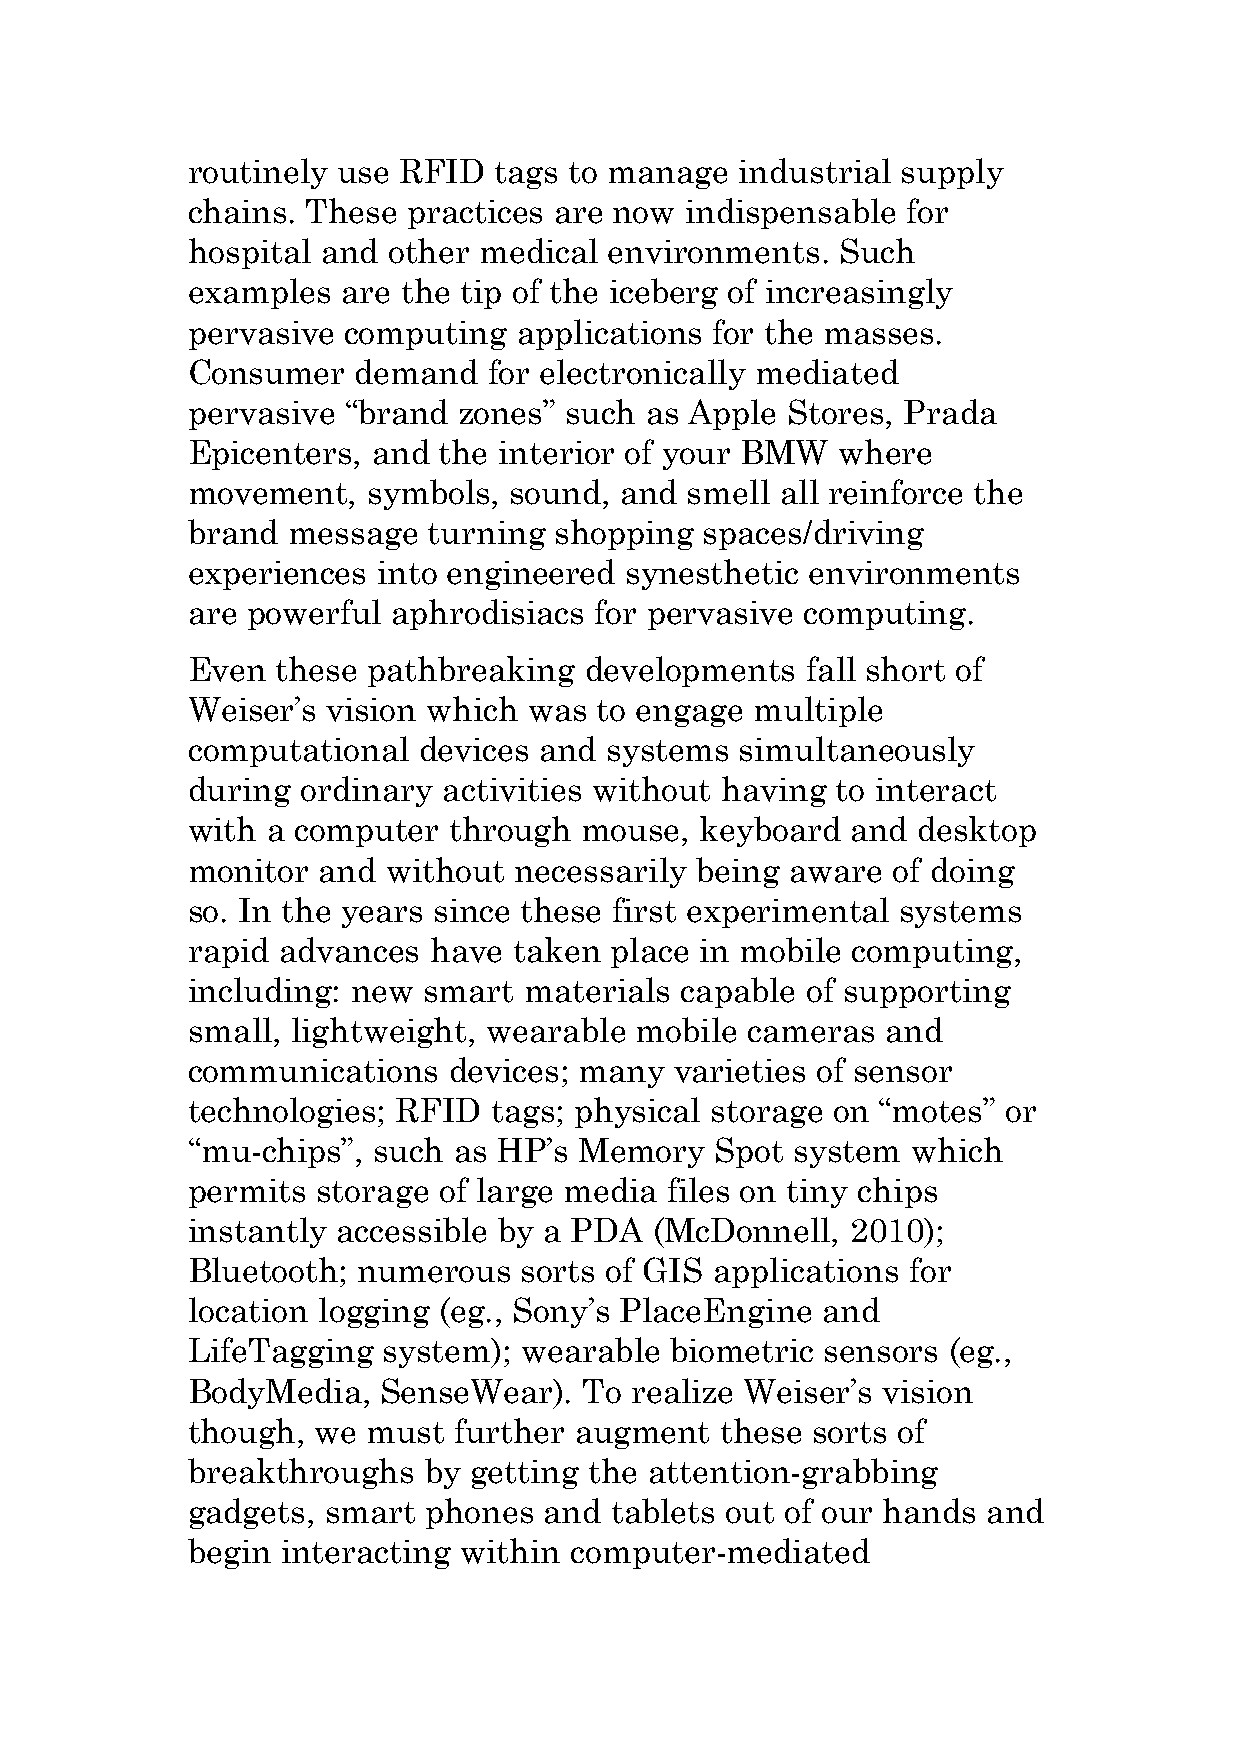
routinely use RFID   tags to manage  industrial supply
 chains. These  practices are now indispensable  for
 hospital and  other medical environments.   Such
 examples   are the tip of the iceberg of increasingly
 pervasive  computing  applications for the masses.
 Consumer    demand  for electronically mediated
 pervasive  “brand zones” such  as Apple Stores, Prada
 Epicenters,  and the interior of your BMW   where
 movement,   symbols,  sound, and smell  all reinforce the
 brand  message  turning  shopping  spaces/driving
 experiences  into engineered synesthetic  environments
 are powerful  aphrodisiacs for pervasive computing.
 Even  these pathbreaking   developments  fall short of
 Weiser’s  vision which was  to engage multiple
 computational   devices and systems  simultaneously
 during  ordinary activities without having to interact
 with  a computer  through mouse,  keyboard  and  desktop
 monitor  and  without necessarily being aware  of doing
 so. In the years since these first experimental systems
 rapid advances  have  taken place in mobile computing,
 including: new  smart  materials capable of supporting
 small, lightweight, wearable  mobile cameras   and
 communications    devices; many  varieties of sensor
 technologies; RFID   tags; physical storage on “motes” or
 “mu-chips”,  such as HP’s Memory   Spot  system which
 permits  storage of large media files on tiny chips
 instantly accessible by a PDA  (McDonnell,  2010);
 Bluetooth;  numerous  sorts of GIS applications for
 location logging (eg., Sony’s PlaceEngine and
 LifeTagging  system); wearable  biometric  sensors (eg.,
 BodyMedia,   SenseWear).   To realize Weiser’s vision
 though,  we must  further augment   these sorts of
 breakthroughs   by getting the attention-grabbing
 gadgets,  smart phones  and tablets out of our hands and
 begin  interacting within computer-mediated